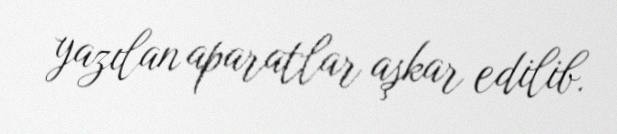
yazılan aparatlar aşkar edilib.